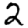
Digit: 2